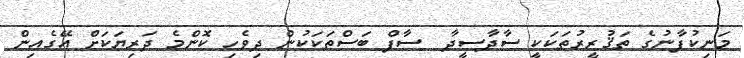
މަނިކުފާނުގެ ތަޤުރީރުތަކަކީ ސާދާސީދާ  ސާފް ބަސްތަކަކުން ދިވެހި ކޮންމެ ދަރިޔަކަށް އޭގެއިން